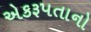
એકરૂપતાનો